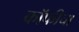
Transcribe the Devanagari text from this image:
कॉफीचा